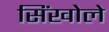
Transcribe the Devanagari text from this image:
सिंखोले